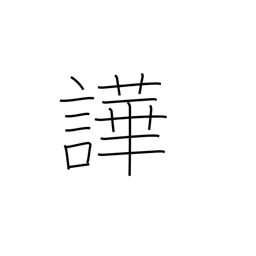
Meaning: noisy